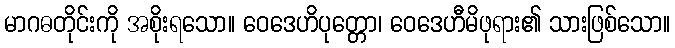
မာဂဓတိုင်းကို အစိုးရသော။ ဝေဒေဟိပုတ္တော၊ ဝေဒေဟီမိဖုရား၏ သားဖြစ်သော။